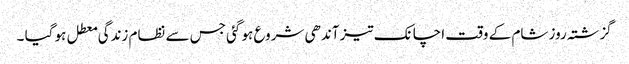
گزشتہ روز شام کے وقت اچانک تیز آندھی شروع ہو گئی جس سے نظام زندگی معطل ہو گیا ۔